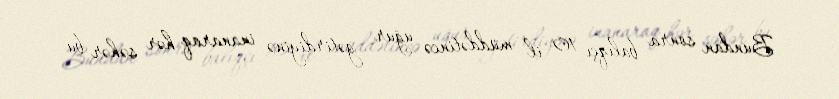
Bundan sonra balıqçı 10 il müddətincə uğur gətirdiyinə inanaraq hər səhər bu